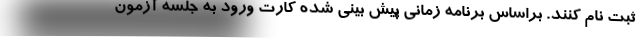
ثبت نام کنند. براساس برنامه زمانی پیش بینی شده کارت ورود به جلسه آزمون